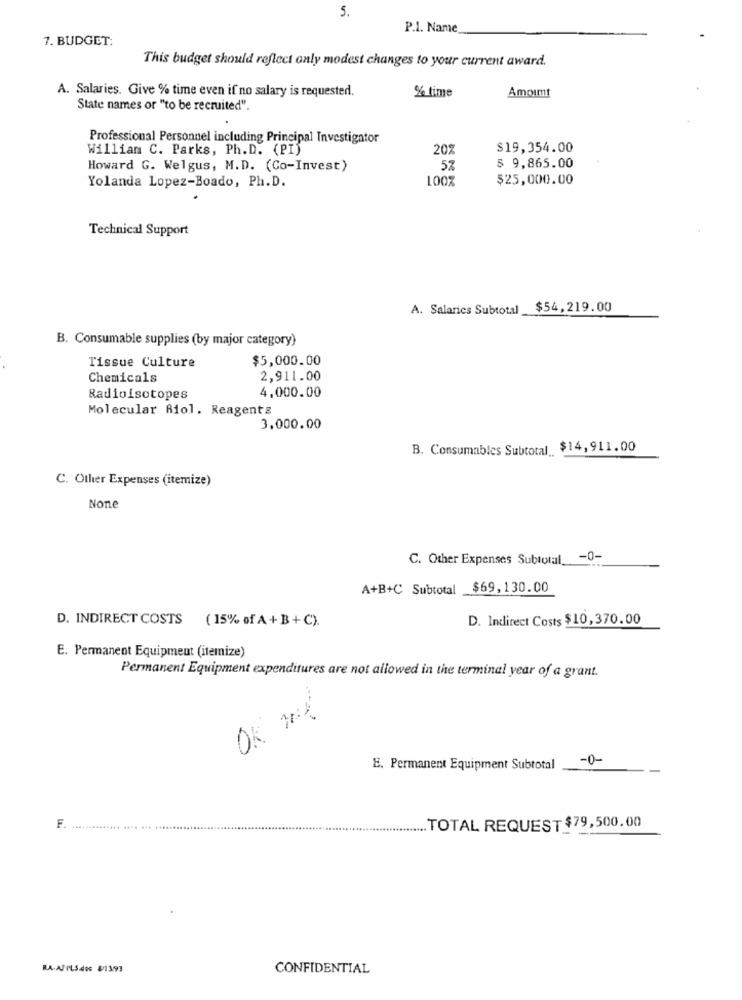
5.
P.1. Name
7. BUDGET:
This budget should reflect only modest changes to your current award.
A. Salaries. Give % time even if no salary is requested.
% time
Amoimt
State names or "to be recruited"
Professional Personnel including Principal Investigator
William C. Parks, Ph. D. (PI)
201
$19,354.00
Howard G. Welgus, M.D. (Co-Invest)
57
$ 9,865.00
Yolanda Lopez-Boado, Ph.D.
1007
$25,000.00
Technical Support
A. Salaries Subtotal
$54,219.00
B. Consumable supplies (by major category)
$5,000.00
Tissue Culture
Chemicals
2,911.00
Radioisotopes
4,000.00
Molecular Riol. Reagents
3.000.00
B. Consumables Subtotal $14,911.00
C. Other Expenses (itemize)
C. Other Expenses Subtotal
-0-
A+B+C Subtotal _$69,130.00
D. INDIRECT COSTS (15% of A + B + C).
D. Indirect Costs $10,370.00
E. Permanent Equipment (itemize)
Permanent Equipment expenditures are not allowed in the terminal year of a grant.
OK mil
-0-
E. Permanent Equipment Subtotal
--
F
...... .... .
TOTAL REQUEST $79,500.00
CONFIDENTIAL